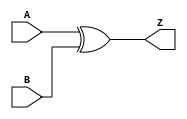
module XOR2_X2 (A, B, Z);
  input A;
  input B;
  output Z;

  xor(Z, A, B);


endmodule